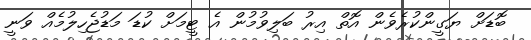
ބޮޑަށް ޔަގީންކުރެވެން އޮތް އިރު ބަލިވުމުން އެ ޓީމަށް ކުޑަ މަޑުޖެހިލުމެއް ވަނީ